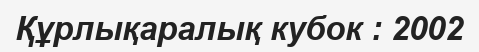
Құрлықаралық кубок : 2002